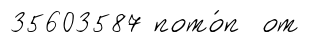
35603587 пото́п от